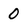
Character: 0